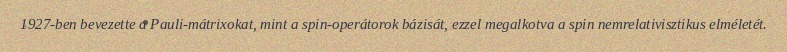
1927-ben bevezette a Pauli-mátrixokat, mint a spin-operátorok bázisát, ezzel megalkotva a spin nemrelativisztikus elméletét.